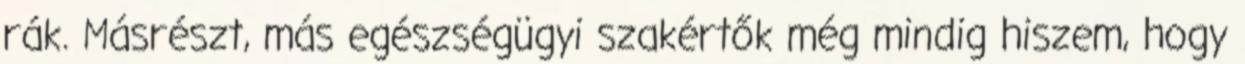
rák. Másrészt, más egészségügyi szakértők még mindig hiszem, hogy